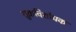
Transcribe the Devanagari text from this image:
शुक्रविशोधक